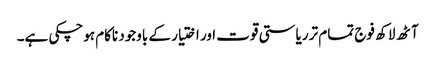
آٹھ لاکھ فوج تمام تر ریاستی قوت اور اختیار کے باوجود ناکام ہوچکی ہے۔